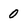
Character: 0